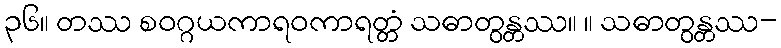
၃၆။ တဿ စဝဂ္ဂယကာရဝကာရတ္တံ သဓာတွန္တဿ။ ။ သဓာတွန္တဿ-